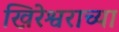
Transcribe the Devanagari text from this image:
खिरेश्वराच्या